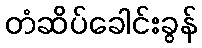
တံဆိပ်ခေါင်းခွန်